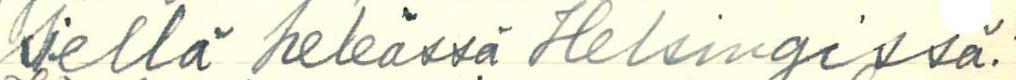
siellä heleässä Helsingissä!